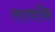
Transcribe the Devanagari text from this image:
लावनि